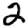
Digit: 2